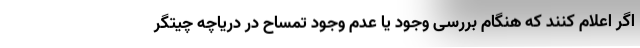
اگر اعلام کنند که هنگام بررسی وجود یا عدم وجود تمساح در دریاچه چیتگر